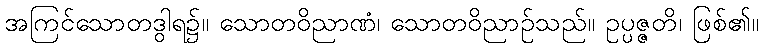
အကြင်သောတဒွါရ၌။ သောတဝိညာဏံ၊ သောတဝိညာဉ်သည်။ ဥပ္ပဇ္ဇတိ၊ ဖြစ်၏။